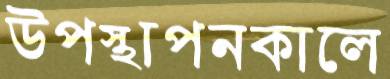
উপস্থাপনকালে